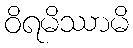
ဝိရမိဿာမိ